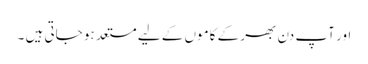
اور آپ دن بھر کے کاموں کے لیے مستعد ہو جاتی ہیں ۔